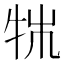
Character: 𤙍